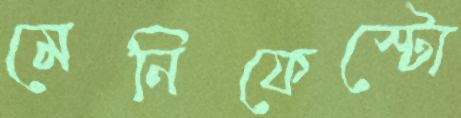
মেনিফেস্টো